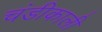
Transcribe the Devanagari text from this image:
चंडीकाली